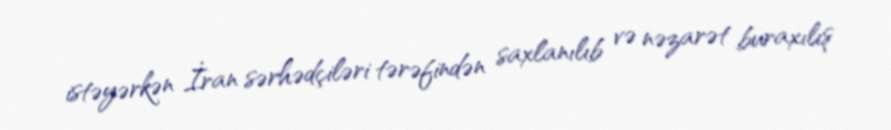
istəyərkən İran sərhədçiləri tərəfindən saxlanılıb və nəzarət buraxılış